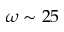
\omega \sim 2 5